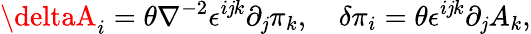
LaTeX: \deltaA_{i}=\theta\nabla^{-2}\epsilon^{i\mathit{j}k}\partial_{\mathit{j}}\pi_{k},\quad\delta\pi_{i}=\theta\epsilon^{i\mathit{j}k}\partial_{\mathit{j}}A_{k},